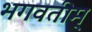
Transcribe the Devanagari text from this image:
भगवतीम्